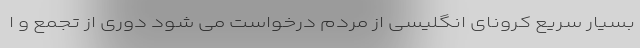
بسیار سریع کرونای انگلیسی از مردم درخواست می شود دوری از تجمع و ا